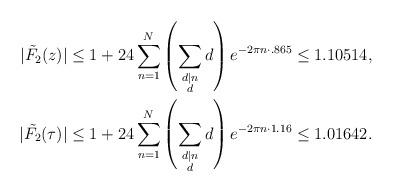
LaTeX: \begin{align*}|\tilde{F_2}(z)| &\leq 1 + 24\sum_{n=1}^N \left( \sum_{\substack{d|n \\ d }}d \right) e^{-2\pi n \cdot .865} \leq 1.10514, \\|\tilde{F_2}(\tau)| &\leq 1 + 24\sum_{n=1}^N \left( \sum_{\substack{d|n \\ d }}d \right) e^{-2\pi n \cdot 1.16} \leq 1.01642. \end{align*}